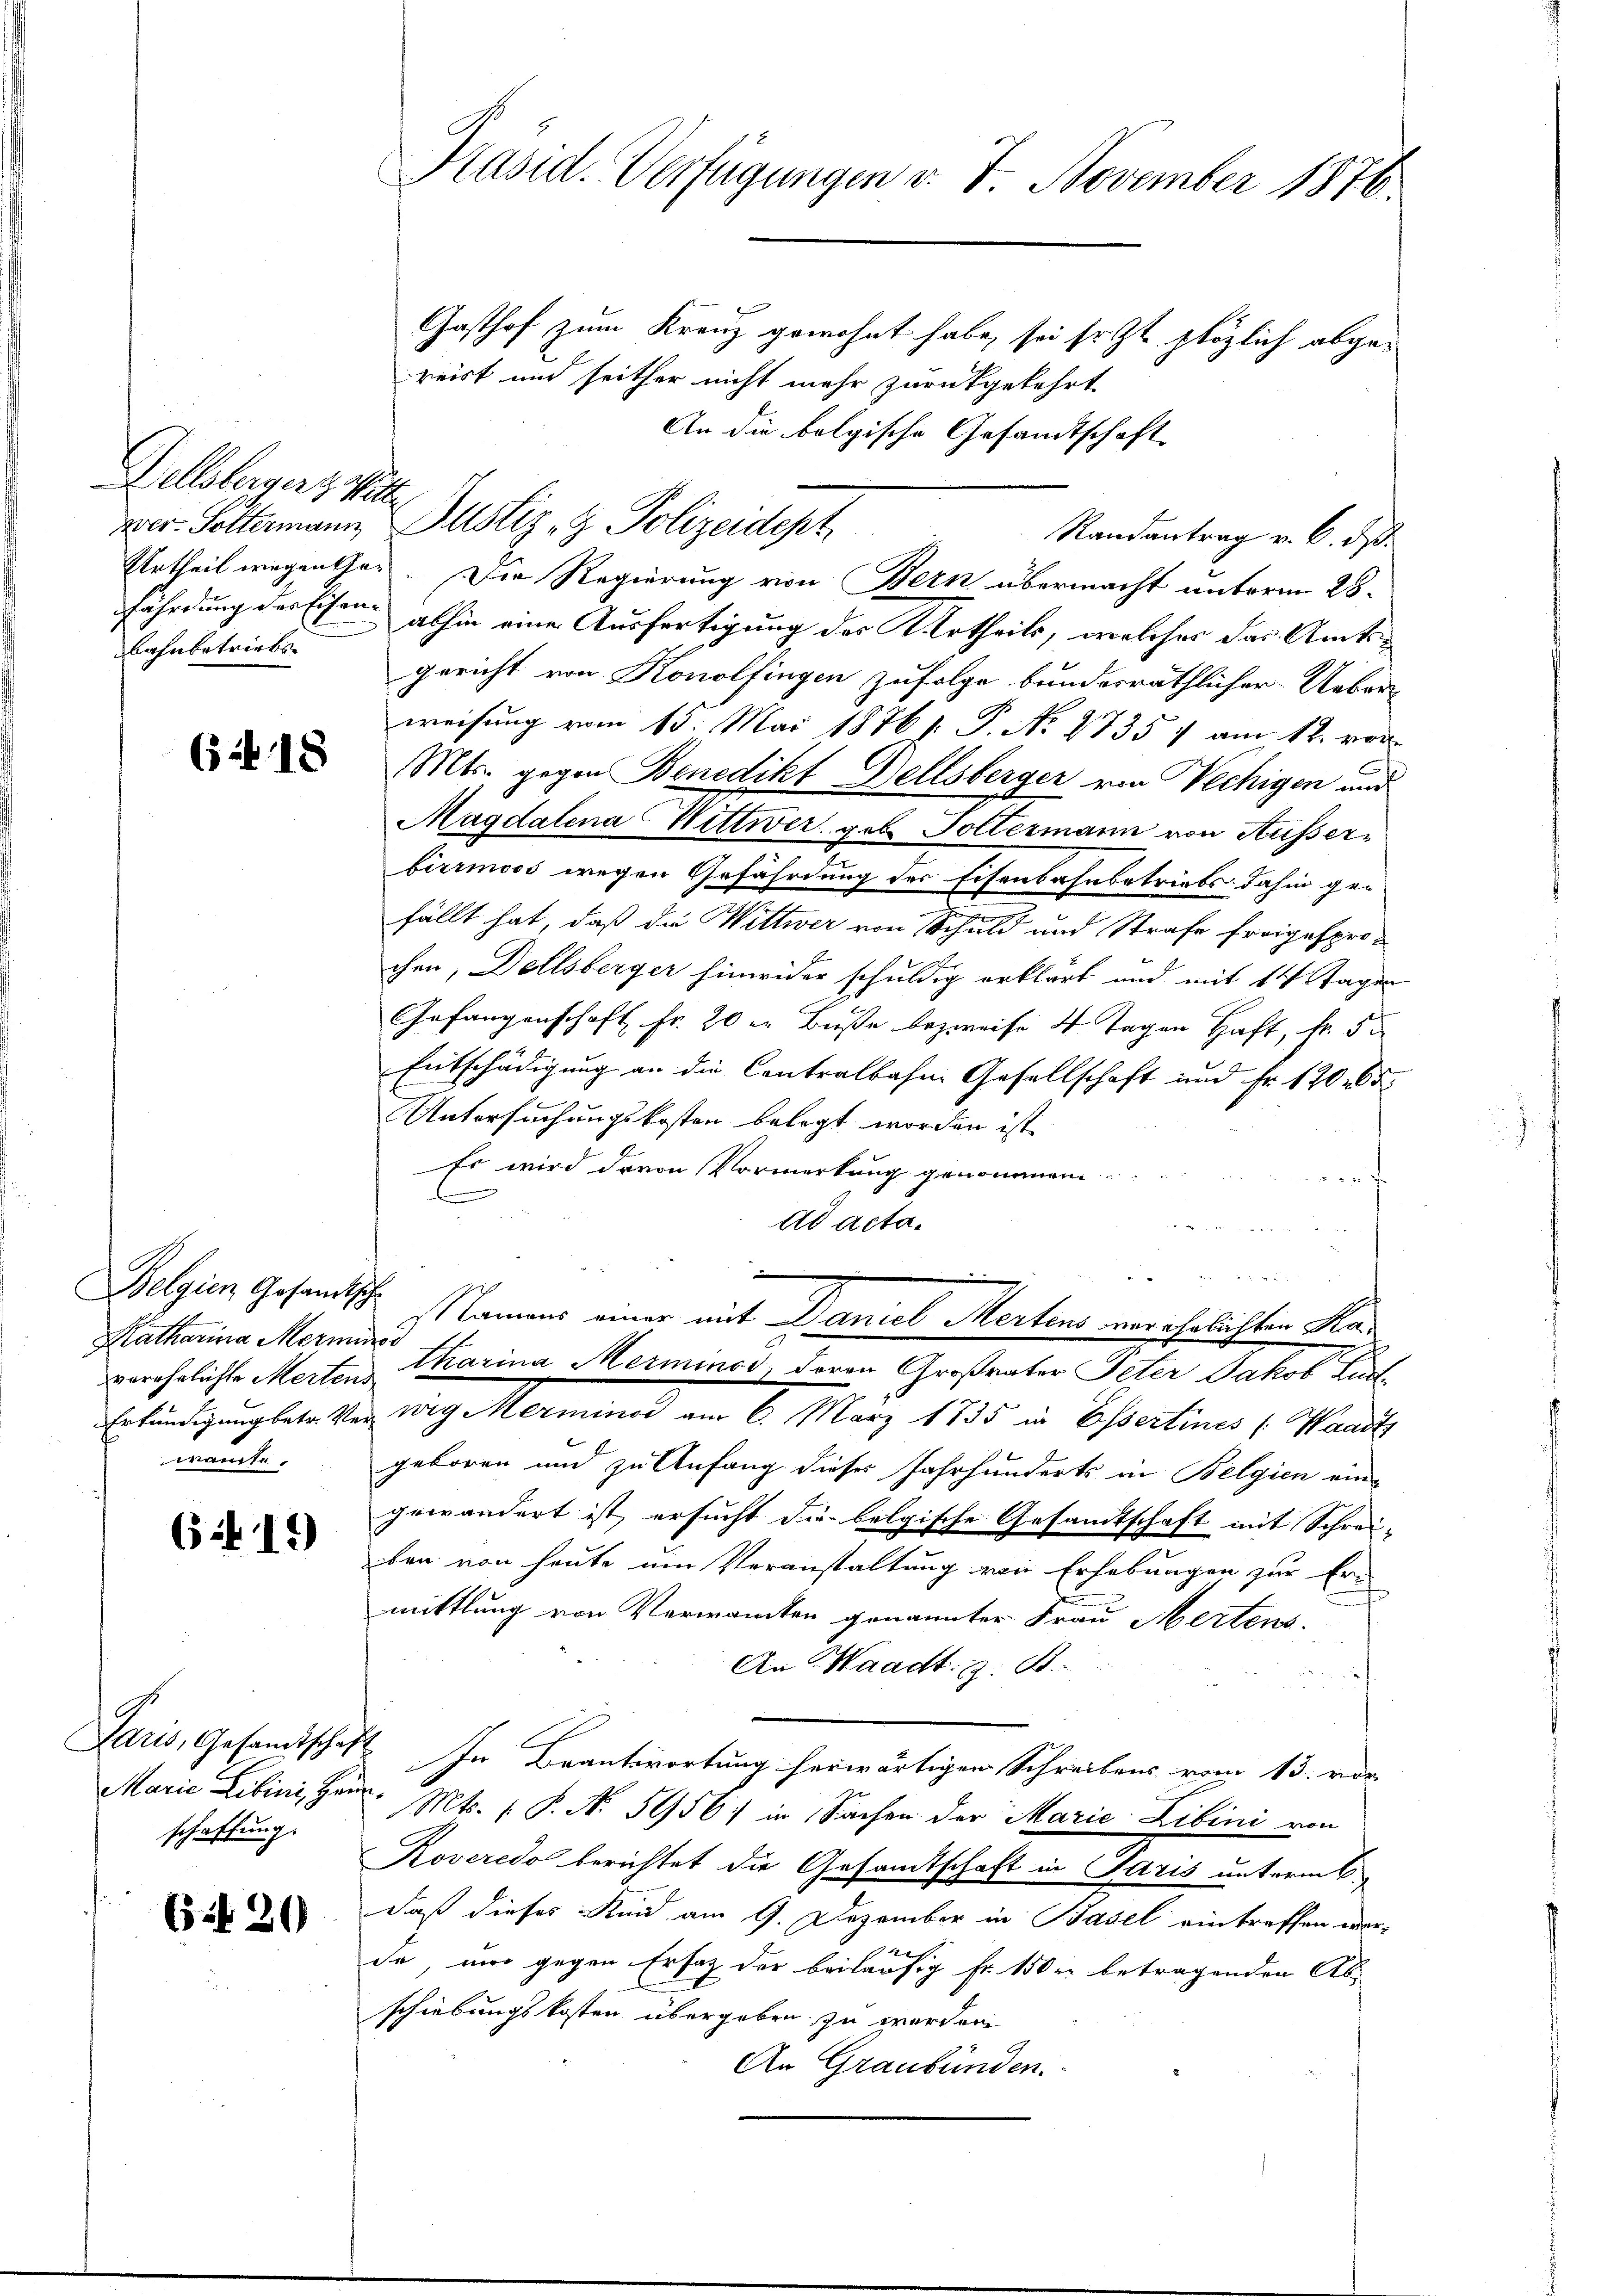
Delsbergers Mitte
Bahnbetriebs

65 n 18

Belgien Gesandtsch
Katharina Mermiss
waise

6419

Marie Libini, Haus.
schaffung.

Cif 20

Präsid. Verfügungen v. 7. November 1876.
Gasthof zum Kranz gewohnt habe, sei sr. Zt. plötzlich abgereist und seither nicht mehr zurückgekehrt

wer. Soltermann, Justiz- & Polizeidept

An die folgische Gesandtschaft
Randantrag v. 6. ds.
Urtheil wegenster. Die Regierung von Bern übermacht unterm 28.
fährdung des Eisen abhin eine Ausfertigung des Urtheils, welches das Amtsgericht von Konolfingen zufolge bundesräthlicher Ueber-
weisung vom 15. Mai 18761. P. Nr. 1735 f am 12. vor
Mts. gegen Benedikt Dellsberger von Vechigen und
Magdalena Wittwer geb. Follermann von Ausserbirrmoos wegen Gefährdung der Eisenbahnbetriebs dahin ge-
fällt hat, daß die Wittwer von Schuld und Strafe freigesprochen, Dellsberger hinwider schuldig erklärt und mit 14 Tagen
Gefangenschaft Fr. 20 er Buße bezweife 4 Tagen Haft, Fr. 5
Entschädigung an die Contralbahn Gesellschaft und Fr. 1200.
Untersuchungskosten belegt worden ist
e
Er wird davon Vormerkung genommen.
arf
ad acta.
u
e
Namens einer mit Daniel Mertens verähnlichten Ka-
verehelichte Merten Charina Merminos, davon Großrator Peter Jakob Fuch
Erländigung letze der eige Marmena am 6. März 1885 in Beseitines Wande
geboren und zu Anfang dieses Jahrhunderts in Belgien ein-
gewändert ist, ersucht die belgische Gesandtschaft mit Schreiben von heute um Veranstaltung von Erhebungen zur Ermittlung von Verwanten genannter Frau Mertens.
An Waadt z. B.
Paris, Gesamtschaft In Beantwortung herwärtigen Schreibens vom 13. vor
Mts. f. P. Nr. 5056) in Sachen der Marie Libini von
Roveredo berichtet die Gesandtschaft in Paris unterm 6.
daß dieses Kind am 9. Dezember in Basel eintreffen wer-
h
de, mir gegen Ersatz der beiläufig Fr. 150 r. betragenden Ab-
schiebungskosten übergeben zu werden
An Graubünden.